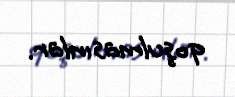
qoşulmasınlar.